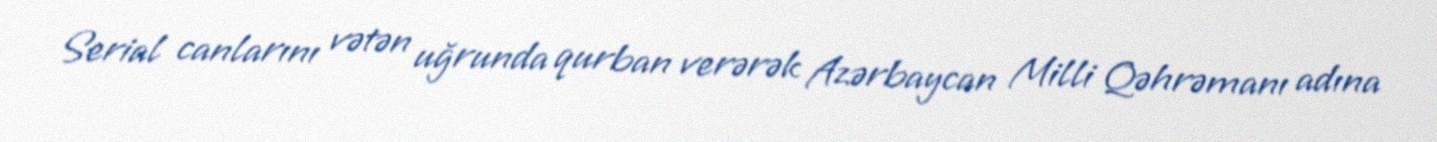
Serial canlarını vətən uğrunda qurban verərək Azərbaycan Milli Qəhrəmanı adına